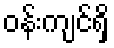
ဝန်းကျင်ရှိ